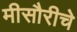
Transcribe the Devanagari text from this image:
मीसौरीचे